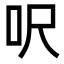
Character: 呎